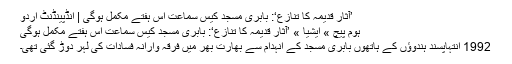
’آثارِ قدیمہ کا تنازع‘: بابری مسجد کیس سماعت اس ہفتے مکمل ہوگی | انڈپینڈنٹ اردو
ہوم پیچ » ایشیا » ’آثارِ قدیمہ کا تنازع‘: بابری مسجد کیس سماعت اس ہفتے مکمل ہوگی
1992 انتہاپسند ہندوؤں کے ہاتھوں بابری مسجد کے انہدام سے بھارت بھر میں فرقہ وارانہ فسادات کی لہر دوڑ گئی تھی۔